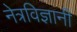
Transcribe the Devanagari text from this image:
नेत्रविज्ञानी